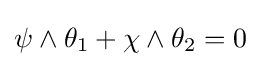
\psi \wedge \theta _{1}+\chi \wedge \theta _{2}=0